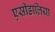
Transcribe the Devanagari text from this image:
एसीडालिया